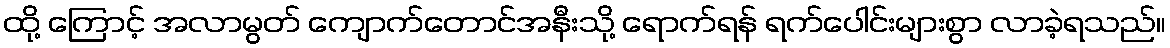
ထို့ ကြောင့် အလာမွတ် ကျောက်တောင်အနီးသို့ ရောက်ရန် ရက်ပေါင်းများစွာ လာခဲ့ရသည်။